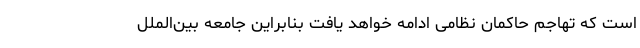
است که تهاجم حاکمان نظامی ادامه خواهد یافت بنابراین جامعه بین‌الملل